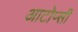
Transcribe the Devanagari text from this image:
आटोप्सी